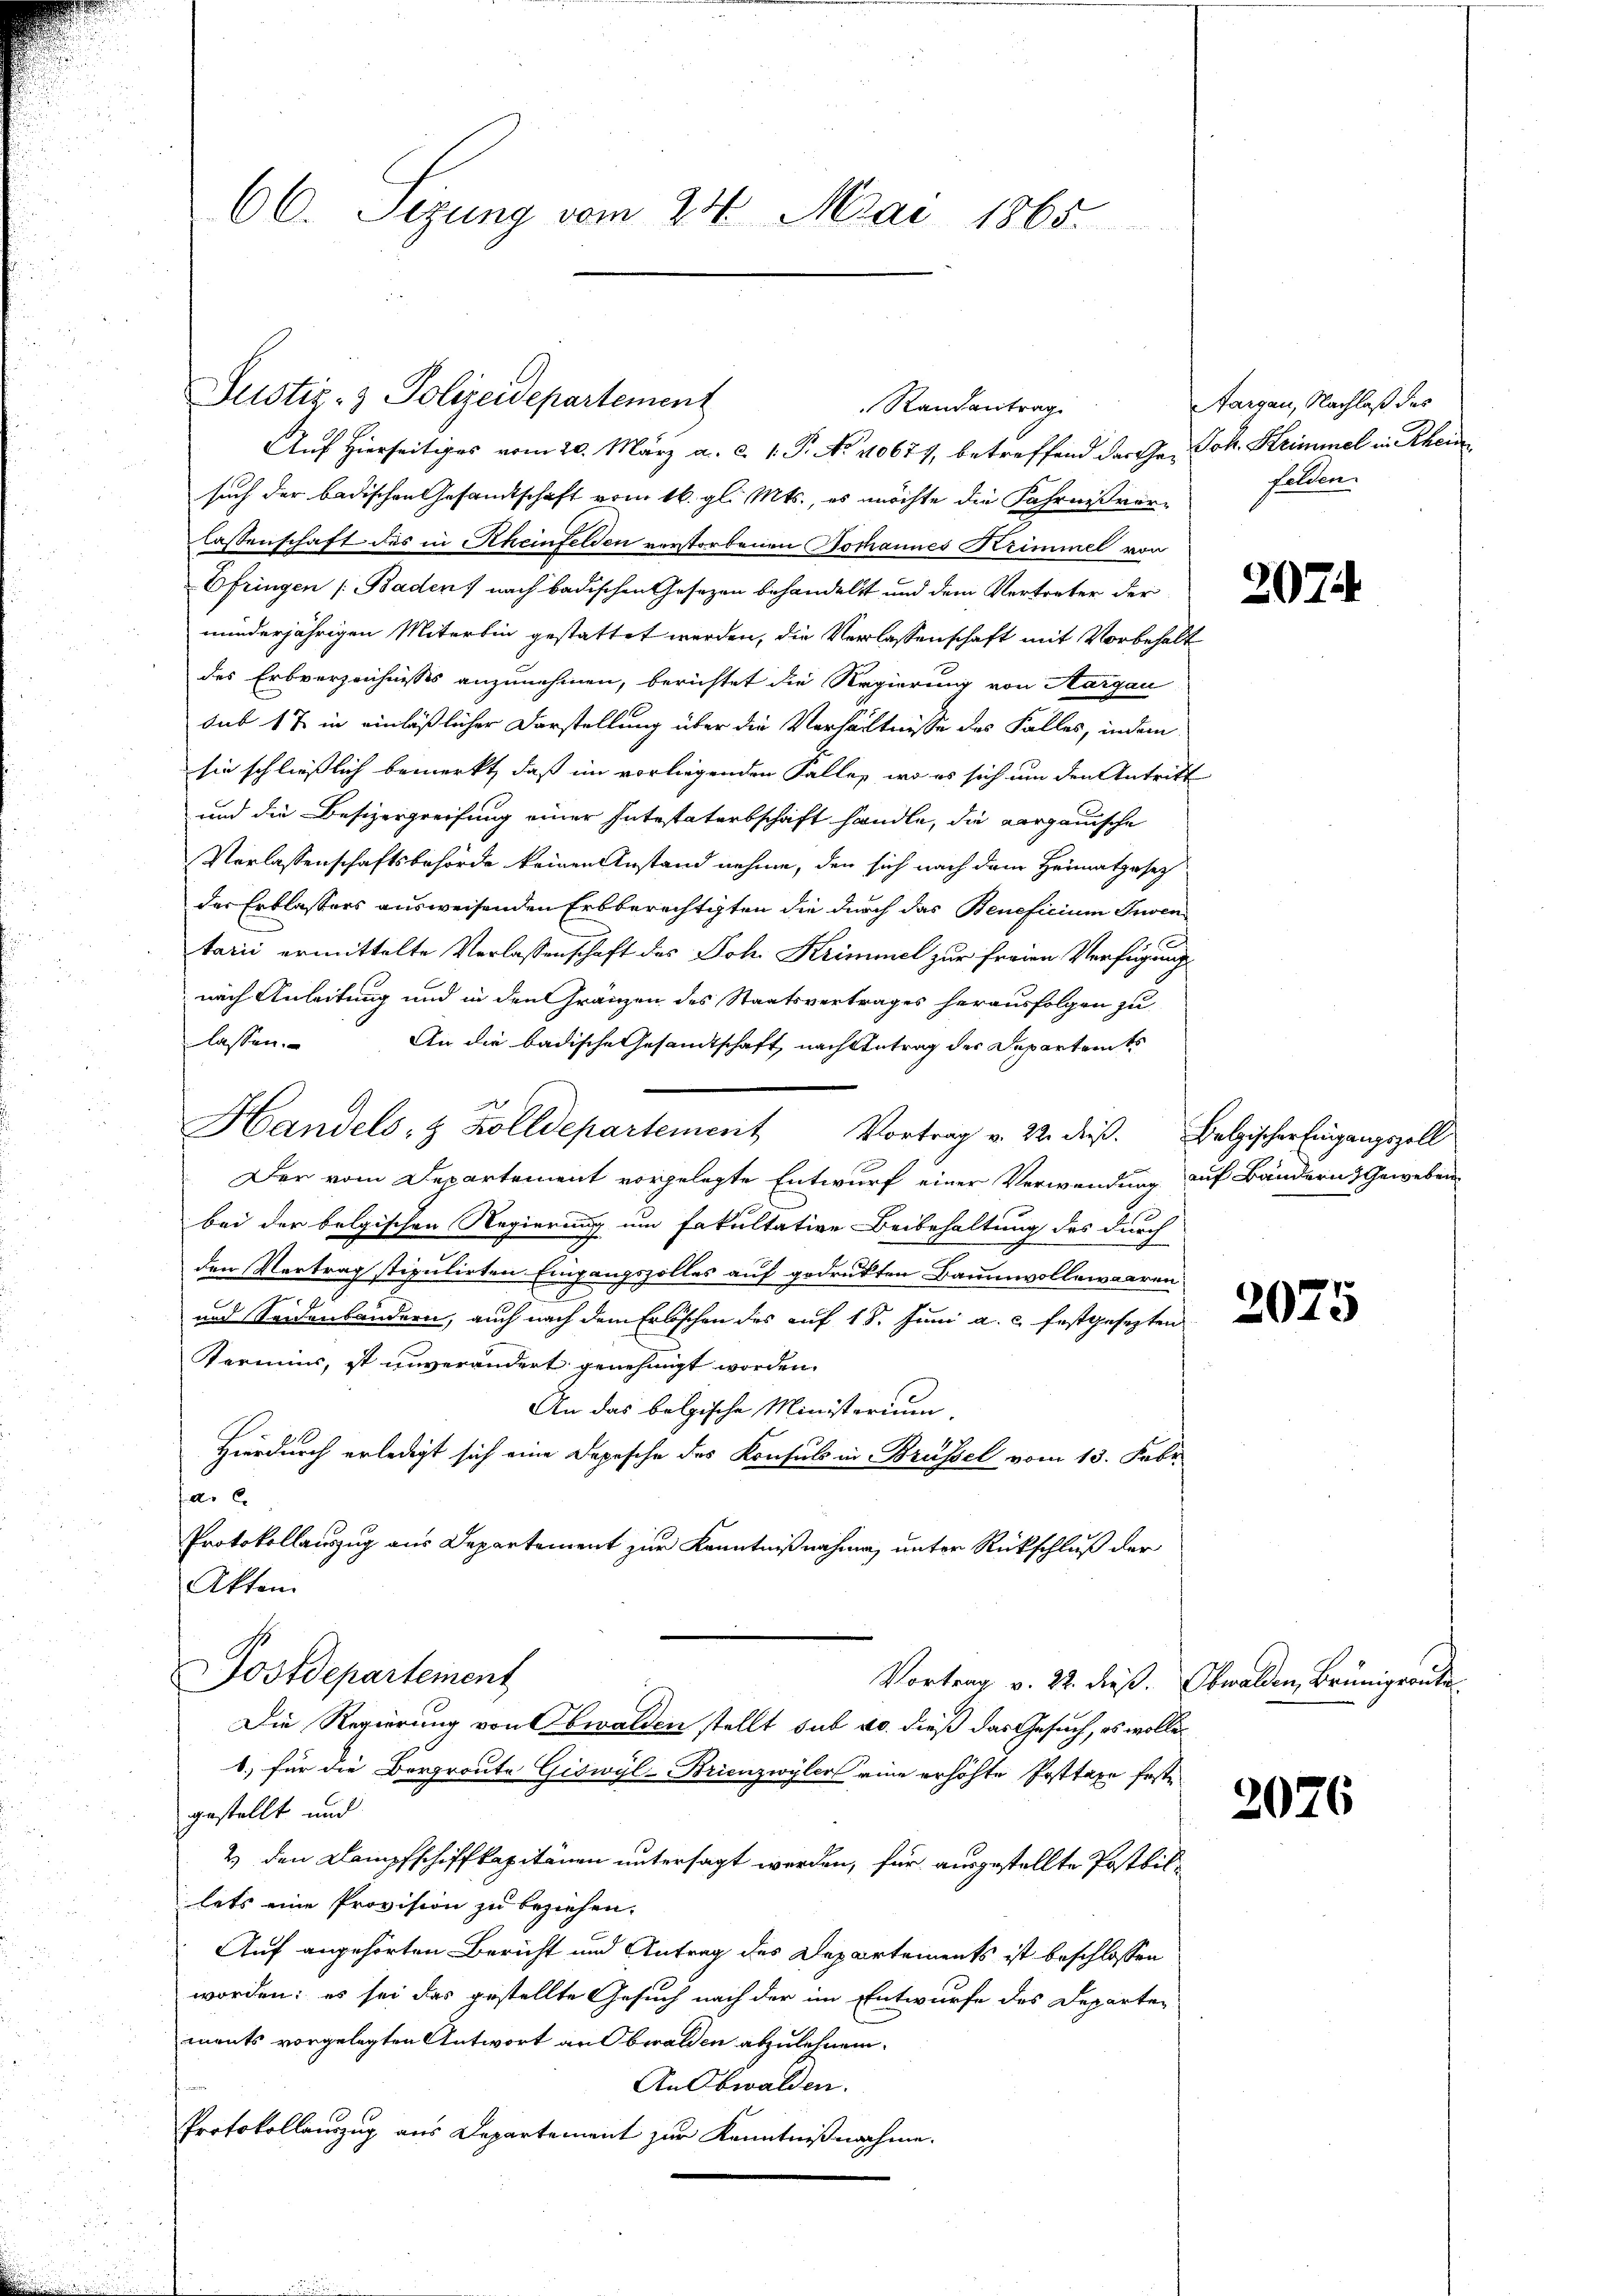
66. Sezung vom 24. Mai 1865.

Justiz- & Polizeidepartement

Auf hierseitiges vom 20. März a. c. 1. P. No 10677, betreffend der Gr. Joh. Heimmel in Scheid
such der badischen Gesamtschaft vom 16. gl. Mts., es möchte die Fahrnisvorlassenschaft des in Rheinfelden verstorbenen Gothannes Krimmel von
Efringen Baden, nach badischen Gesezen behandelt und dem Vertreter der
minderjährigen Miterbin gestattet werden, die Verlassenschaft mit Vorbehalt
des Erbverzeichnisses anzunehmen, berichtet die Regierung von Aargau
sub 17 in einläßlicher Darstellung über die Verhältnisse des Falles, indem
sie schliesslich bemerkt, daß im vorliegenden Falle, wo es sich um den Antritt
und die Besizergreifung einer Intestaterbschaft handle, die aargauische
Verlassenschaftsbehörde keinen Anstand nehme, den sich nach dem Heimatgesetz
der Erblassers ausweisenden Erbberechtigten die durch das Beneficium Inven
tarii ermittelte Verlassenschaft des Joh. Krimmel zur Freien Verfügung
nach Anleitung und in den Gränzen des Staatsvertrages herausfolgen zu
lassen.
An die badische Gesandtschaft, nach Antrag des Departemes
Handels- & Zolldepartement Vortrag v. 22. dieß. Belgischer Eingangszoll
Der vom Departement vorgelegte Entwurf einer Verwendung auf Bändern Geweben
bei der belgischen Regierung um Fakultative Beibehaltung des durch
den Vertrag stipulirten Eingangszolles auf gedrukten Baumwollewaaren
und Seidenländern, auch nach dem Erlöschen des auf 18. Juni a. c. festgesezten
Termins, ist unverändert genehmigt worden.
An das belgische Ministerium.
Hierdurch erledigt sich eine Depesche des Konsuls in Brüssel vom 13. Febr.
a.
Protokollauszug aus Departement zur Kenntnißnahme, unter Rückschluß der
Akten
Postdepartement
Vortrag v. 22. dieß. Obwalden, Brünigroute
Die Regierung von Obwalden stellt sub 20. dieß das Gesuch, es wolle
b) für die Bergroute Giswyl-Brienzwyler eine erhöhte Posttaxe feste
gestellt und
2) den Dampfschiffkapitänen untersagt werden, für ausgestellte Postbillets eine Provision zu beziehen.
Auf angehörten Bericht und Antrag des Departements ist beschlossen
worden; es sei das gestellte Gesuch nach der im Entwurfe des Departen
ments vorgelegten Antwort an Obwalden abzulehnen.
An Obwalden.
Protokollauszug aus Departement zur Kenntnißnahme.

Randantrag.

Aargau, Nachlaß des
felden.

207

2075

2076